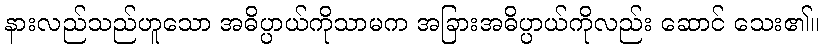
နားလည်သည်ဟူသော အဓိပ္ပာယ်ကိုသာမက အခြားအဓိပ္ပာယ်ကိုလည်း ဆောင် သေး၏။